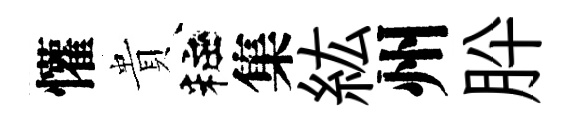
懽貴粧集紘州肸